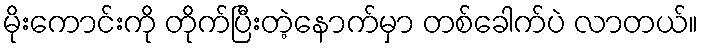
မိုးကောင်းကို တိုက်ပြီးတဲ့နောက်မှာ တစ်ခေါက်ပဲ လာတယ်။